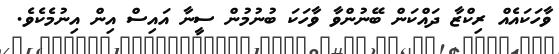
ވާހަކައެއް ރިކްޒާ ދައްކަން ބޭނުންވާ ވާހަކަ ބުނުމުން ސީނާ އައިސް އިން އިނުމެކެވެ.